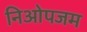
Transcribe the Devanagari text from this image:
निओपजम